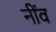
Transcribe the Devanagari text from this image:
नींंव